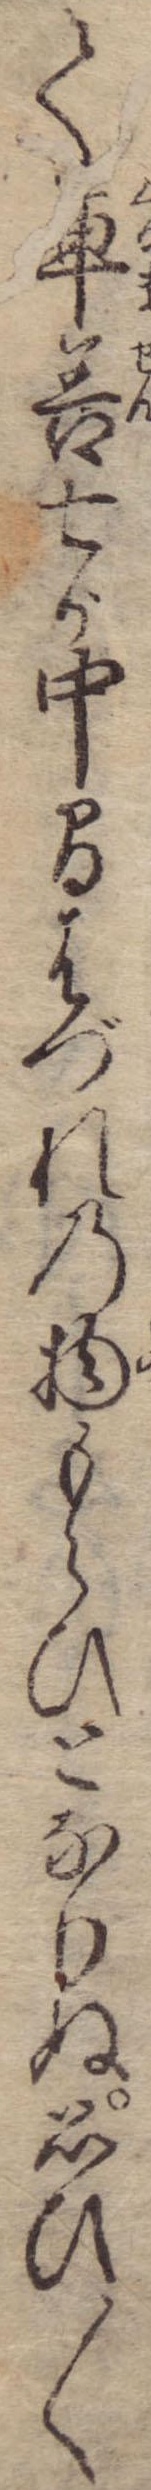
て車善七が中間はづれの物もらひとなりぬ思ひ〱